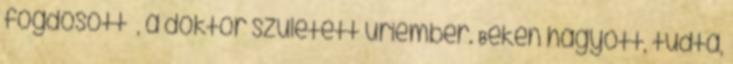
fogdosott –, a doktor született úriember. Békén hagyott, tudta,